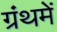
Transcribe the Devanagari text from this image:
ग्रंथमें